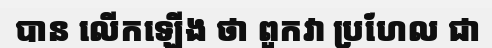
បាន លើកឡើង ថា ពួកវា ប្រហែល ជា